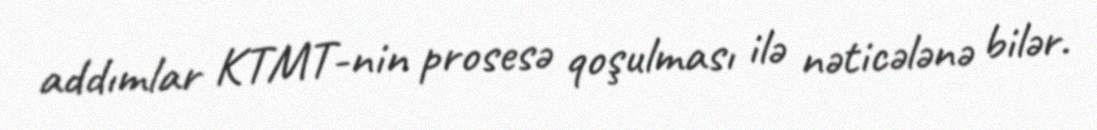
addımlar KTMT-nin prosesə qoşulması ilə nəticələnə bilər.